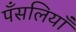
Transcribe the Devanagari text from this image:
पँसलियाँ